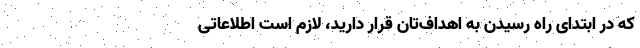
که در ابتدای راه رسیدن به اهداف‌تان قرار دارید، لازم است اطلاعاتی